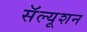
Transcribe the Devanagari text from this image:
सॅल्यूशन